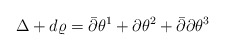
\begin{align*}\Delta+ d \varrho=\bar{\partial}\theta^1+\partial \theta^2+\bar{\partial}\partial\theta^3\end{align*}